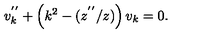
v _ { k } ^ { ' ^ { \prime } } + \left( k ^ { 2 } - ( z ^ { ' ^ { \prime } } / z ) \right) v _ { k } = 0 .